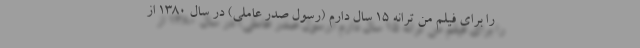
را برای فیلم من ترانه ۱۵ سال دارم (رسول صدر عاملی) در سال ۱۳۸۰ از